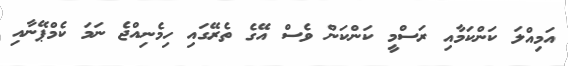
އަމިއްލަ ކަންކަމާއި ރަސްމީ ކަންކަން ވެސް އޭގެ ތެރޭގައި ހިމެނިއްޖެ ނަމަ ކެމްޕޭނާއި